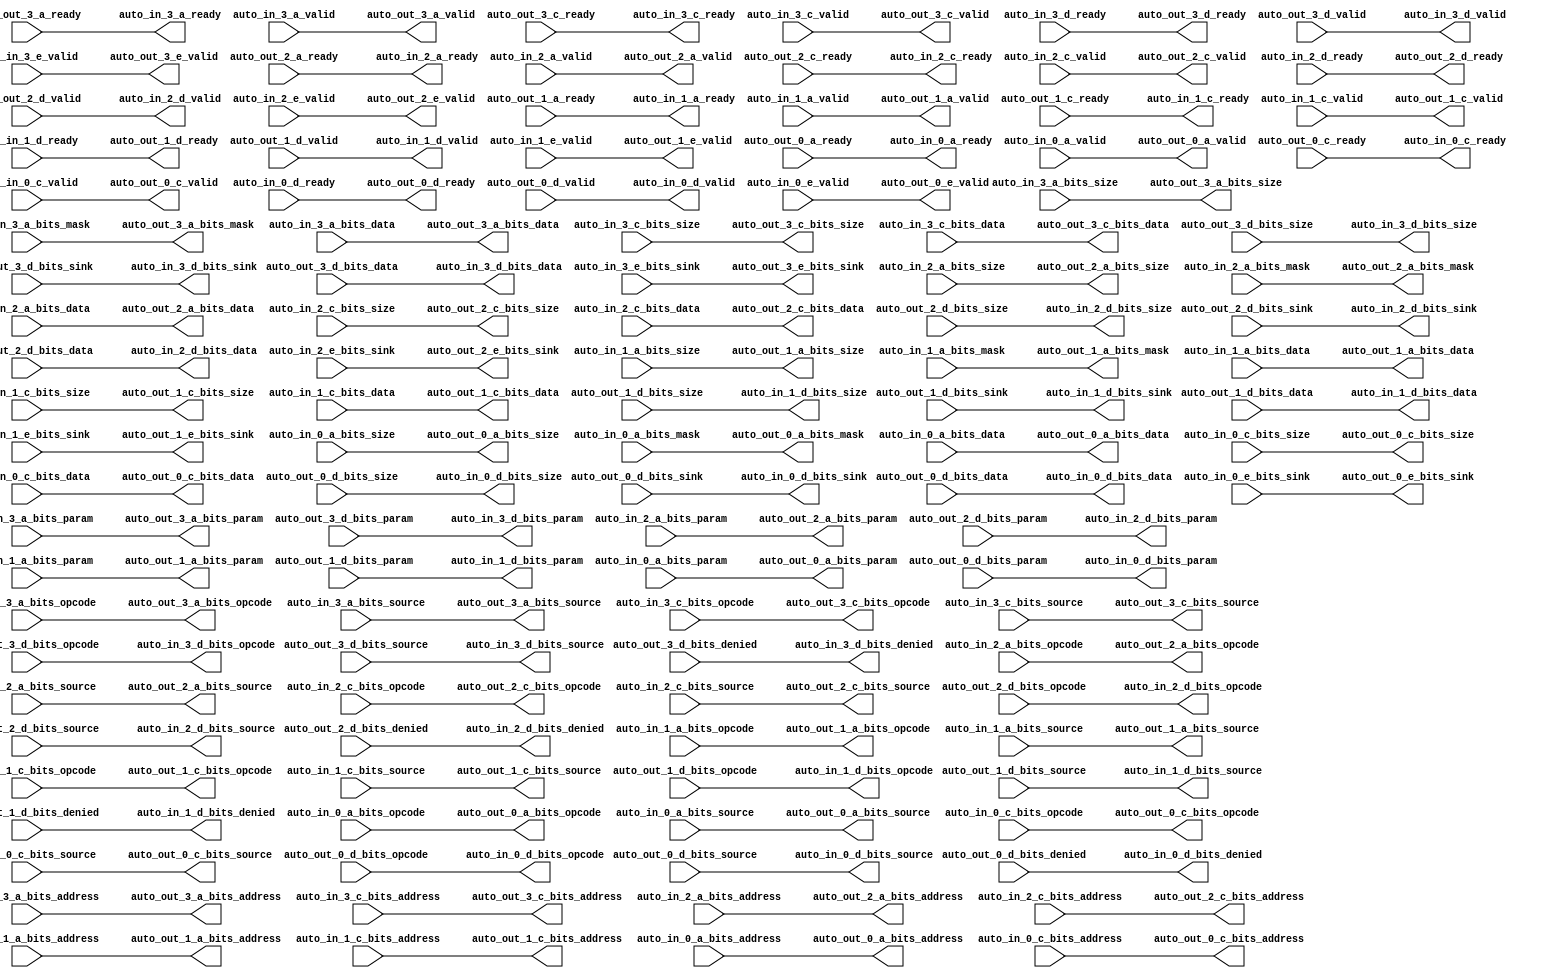
module BankBinder(
  output         auto_in_3_a_ready,
  input          auto_in_3_a_valid,
  input  [2:0]   auto_in_3_a_bits_opcode,
  input  [2:0]   auto_in_3_a_bits_param,
  input  [2:0]   auto_in_3_a_bits_size,
  input  [4:0]   auto_in_3_a_bits_source,
  input  [35:0]  auto_in_3_a_bits_address,
  input  [31:0]  auto_in_3_a_bits_mask,
  input  [255:0] auto_in_3_a_bits_data,
  output         auto_in_3_c_ready,
  input          auto_in_3_c_valid,
  input  [2:0]   auto_in_3_c_bits_opcode,
  input  [2:0]   auto_in_3_c_bits_size,
  input  [4:0]   auto_in_3_c_bits_source,
  input  [35:0]  auto_in_3_c_bits_address,
  input  [255:0] auto_in_3_c_bits_data,
  input          auto_in_3_d_ready,
  output         auto_in_3_d_valid,
  output [2:0]   auto_in_3_d_bits_opcode,
  output [1:0]   auto_in_3_d_bits_param,
  output [2:0]   auto_in_3_d_bits_size,
  output [4:0]   auto_in_3_d_bits_source,
  output [2:0]   auto_in_3_d_bits_sink,
  output         auto_in_3_d_bits_denied,
  output [255:0] auto_in_3_d_bits_data,
  input          auto_in_3_e_valid,
  input  [2:0]   auto_in_3_e_bits_sink,
  output         auto_in_2_a_ready,
  input          auto_in_2_a_valid,
  input  [2:0]   auto_in_2_a_bits_opcode,
  input  [2:0]   auto_in_2_a_bits_param,
  input  [2:0]   auto_in_2_a_bits_size,
  input  [4:0]   auto_in_2_a_bits_source,
  input  [35:0]  auto_in_2_a_bits_address,
  input  [31:0]  auto_in_2_a_bits_mask,
  input  [255:0] auto_in_2_a_bits_data,
  output         auto_in_2_c_ready,
  input          auto_in_2_c_valid,
  input  [2:0]   auto_in_2_c_bits_opcode,
  input  [2:0]   auto_in_2_c_bits_size,
  input  [4:0]   auto_in_2_c_bits_source,
  input  [35:0]  auto_in_2_c_bits_address,
  input  [255:0] auto_in_2_c_bits_data,
  input          auto_in_2_d_ready,
  output         auto_in_2_d_valid,
  output [2:0]   auto_in_2_d_bits_opcode,
  output [1:0]   auto_in_2_d_bits_param,
  output [2:0]   auto_in_2_d_bits_size,
  output [4:0]   auto_in_2_d_bits_source,
  output [2:0]   auto_in_2_d_bits_sink,
  output         auto_in_2_d_bits_denied,
  output [255:0] auto_in_2_d_bits_data,
  input          auto_in_2_e_valid,
  input  [2:0]   auto_in_2_e_bits_sink,
  output         auto_in_1_a_ready,
  input          auto_in_1_a_valid,
  input  [2:0]   auto_in_1_a_bits_opcode,
  input  [2:0]   auto_in_1_a_bits_param,
  input  [2:0]   auto_in_1_a_bits_size,
  input  [4:0]   auto_in_1_a_bits_source,
  input  [35:0]  auto_in_1_a_bits_address,
  input  [31:0]  auto_in_1_a_bits_mask,
  input  [255:0] auto_in_1_a_bits_data,
  output         auto_in_1_c_ready,
  input          auto_in_1_c_valid,
  input  [2:0]   auto_in_1_c_bits_opcode,
  input  [2:0]   auto_in_1_c_bits_size,
  input  [4:0]   auto_in_1_c_bits_source,
  input  [35:0]  auto_in_1_c_bits_address,
  input  [255:0] auto_in_1_c_bits_data,
  input          auto_in_1_d_ready,
  output         auto_in_1_d_valid,
  output [2:0]   auto_in_1_d_bits_opcode,
  output [1:0]   auto_in_1_d_bits_param,
  output [2:0]   auto_in_1_d_bits_size,
  output [4:0]   auto_in_1_d_bits_source,
  output [2:0]   auto_in_1_d_bits_sink,
  output         auto_in_1_d_bits_denied,
  output [255:0] auto_in_1_d_bits_data,
  input          auto_in_1_e_valid,
  input  [2:0]   auto_in_1_e_bits_sink,
  output         auto_in_0_a_ready,
  input          auto_in_0_a_valid,
  input  [2:0]   auto_in_0_a_bits_opcode,
  input  [2:0]   auto_in_0_a_bits_param,
  input  [2:0]   auto_in_0_a_bits_size,
  input  [4:0]   auto_in_0_a_bits_source,
  input  [35:0]  auto_in_0_a_bits_address,
  input  [31:0]  auto_in_0_a_bits_mask,
  input  [255:0] auto_in_0_a_bits_data,
  output         auto_in_0_c_ready,
  input          auto_in_0_c_valid,
  input  [2:0]   auto_in_0_c_bits_opcode,
  input  [2:0]   auto_in_0_c_bits_size,
  input  [4:0]   auto_in_0_c_bits_source,
  input  [35:0]  auto_in_0_c_bits_address,
  input  [255:0] auto_in_0_c_bits_data,
  input          auto_in_0_d_ready,
  output         auto_in_0_d_valid,
  output [2:0]   auto_in_0_d_bits_opcode,
  output [1:0]   auto_in_0_d_bits_param,
  output [2:0]   auto_in_0_d_bits_size,
  output [4:0]   auto_in_0_d_bits_source,
  output [2:0]   auto_in_0_d_bits_sink,
  output         auto_in_0_d_bits_denied,
  output [255:0] auto_in_0_d_bits_data,
  input          auto_in_0_e_valid,
  input  [2:0]   auto_in_0_e_bits_sink,
  input          auto_out_3_a_ready,
  output         auto_out_3_a_valid,
  output [2:0]   auto_out_3_a_bits_opcode,
  output [2:0]   auto_out_3_a_bits_param,
  output [2:0]   auto_out_3_a_bits_size,
  output [4:0]   auto_out_3_a_bits_source,
  output [35:0]  auto_out_3_a_bits_address,
  output [31:0]  auto_out_3_a_bits_mask,
  output [255:0] auto_out_3_a_bits_data,
  input          auto_out_3_c_ready,
  output         auto_out_3_c_valid,
  output [2:0]   auto_out_3_c_bits_opcode,
  output [2:0]   auto_out_3_c_bits_size,
  output [4:0]   auto_out_3_c_bits_source,
  output [35:0]  auto_out_3_c_bits_address,
  output [255:0] auto_out_3_c_bits_data,
  output         auto_out_3_d_ready,
  input          auto_out_3_d_valid,
  input  [2:0]   auto_out_3_d_bits_opcode,
  input  [1:0]   auto_out_3_d_bits_param,
  input  [2:0]   auto_out_3_d_bits_size,
  input  [4:0]   auto_out_3_d_bits_source,
  input  [2:0]   auto_out_3_d_bits_sink,
  input          auto_out_3_d_bits_denied,
  input  [255:0] auto_out_3_d_bits_data,
  output         auto_out_3_e_valid,
  output [2:0]   auto_out_3_e_bits_sink,
  input          auto_out_2_a_ready,
  output         auto_out_2_a_valid,
  output [2:0]   auto_out_2_a_bits_opcode,
  output [2:0]   auto_out_2_a_bits_param,
  output [2:0]   auto_out_2_a_bits_size,
  output [4:0]   auto_out_2_a_bits_source,
  output [35:0]  auto_out_2_a_bits_address,
  output [31:0]  auto_out_2_a_bits_mask,
  output [255:0] auto_out_2_a_bits_data,
  input          auto_out_2_c_ready,
  output         auto_out_2_c_valid,
  output [2:0]   auto_out_2_c_bits_opcode,
  output [2:0]   auto_out_2_c_bits_size,
  output [4:0]   auto_out_2_c_bits_source,
  output [35:0]  auto_out_2_c_bits_address,
  output [255:0] auto_out_2_c_bits_data,
  output         auto_out_2_d_ready,
  input          auto_out_2_d_valid,
  input  [2:0]   auto_out_2_d_bits_opcode,
  input  [1:0]   auto_out_2_d_bits_param,
  input  [2:0]   auto_out_2_d_bits_size,
  input  [4:0]   auto_out_2_d_bits_source,
  input  [2:0]   auto_out_2_d_bits_sink,
  input          auto_out_2_d_bits_denied,
  input  [255:0] auto_out_2_d_bits_data,
  output         auto_out_2_e_valid,
  output [2:0]   auto_out_2_e_bits_sink,
  input          auto_out_1_a_ready,
  output         auto_out_1_a_valid,
  output [2:0]   auto_out_1_a_bits_opcode,
  output [2:0]   auto_out_1_a_bits_param,
  output [2:0]   auto_out_1_a_bits_size,
  output [4:0]   auto_out_1_a_bits_source,
  output [35:0]  auto_out_1_a_bits_address,
  output [31:0]  auto_out_1_a_bits_mask,
  output [255:0] auto_out_1_a_bits_data,
  input          auto_out_1_c_ready,
  output         auto_out_1_c_valid,
  output [2:0]   auto_out_1_c_bits_opcode,
  output [2:0]   auto_out_1_c_bits_size,
  output [4:0]   auto_out_1_c_bits_source,
  output [35:0]  auto_out_1_c_bits_address,
  output [255:0] auto_out_1_c_bits_data,
  output         auto_out_1_d_ready,
  input          auto_out_1_d_valid,
  input  [2:0]   auto_out_1_d_bits_opcode,
  input  [1:0]   auto_out_1_d_bits_param,
  input  [2:0]   auto_out_1_d_bits_size,
  input  [4:0]   auto_out_1_d_bits_source,
  input  [2:0]   auto_out_1_d_bits_sink,
  input          auto_out_1_d_bits_denied,
  input  [255:0] auto_out_1_d_bits_data,
  output         auto_out_1_e_valid,
  output [2:0]   auto_out_1_e_bits_sink,
  input          auto_out_0_a_ready,
  output         auto_out_0_a_valid,
  output [2:0]   auto_out_0_a_bits_opcode,
  output [2:0]   auto_out_0_a_bits_param,
  output [2:0]   auto_out_0_a_bits_size,
  output [4:0]   auto_out_0_a_bits_source,
  output [35:0]  auto_out_0_a_bits_address,
  output [31:0]  auto_out_0_a_bits_mask,
  output [255:0] auto_out_0_a_bits_data,
  input          auto_out_0_c_ready,
  output         auto_out_0_c_valid,
  output [2:0]   auto_out_0_c_bits_opcode,
  output [2:0]   auto_out_0_c_bits_size,
  output [4:0]   auto_out_0_c_bits_source,
  output [35:0]  auto_out_0_c_bits_address,
  output [255:0] auto_out_0_c_bits_data,
  output         auto_out_0_d_ready,
  input          auto_out_0_d_valid,
  input  [2:0]   auto_out_0_d_bits_opcode,
  input  [1:0]   auto_out_0_d_bits_param,
  input  [2:0]   auto_out_0_d_bits_size,
  input  [4:0]   auto_out_0_d_bits_source,
  input  [2:0]   auto_out_0_d_bits_sink,
  input          auto_out_0_d_bits_denied,
  input  [255:0] auto_out_0_d_bits_data,
  output         auto_out_0_e_valid,
  output [2:0]   auto_out_0_e_bits_sink
);
  assign auto_in_3_a_ready = auto_out_3_a_ready; // @[Nodes.scala 1207:84 LazyModule.scala 311:12]
  assign auto_in_3_c_ready = auto_out_3_c_ready; // @[Nodes.scala 1207:84 LazyModule.scala 311:12]
  assign auto_in_3_d_valid = auto_out_3_d_valid; // @[Nodes.scala 1207:84 LazyModule.scala 311:12]
  assign auto_in_3_d_bits_opcode = auto_out_3_d_bits_opcode; // @[Nodes.scala 1207:84 LazyModule.scala 311:12]
  assign auto_in_3_d_bits_param = auto_out_3_d_bits_param; // @[Nodes.scala 1207:84 LazyModule.scala 311:12]
  assign auto_in_3_d_bits_size = auto_out_3_d_bits_size; // @[Nodes.scala 1207:84 LazyModule.scala 311:12]
  assign auto_in_3_d_bits_source = auto_out_3_d_bits_source; // @[Nodes.scala 1207:84 LazyModule.scala 311:12]
  assign auto_in_3_d_bits_sink = auto_out_3_d_bits_sink; // @[Nodes.scala 1207:84 LazyModule.scala 311:12]
  assign auto_in_3_d_bits_denied = auto_out_3_d_bits_denied; // @[Nodes.scala 1207:84 LazyModule.scala 311:12]
  assign auto_in_3_d_bits_data = auto_out_3_d_bits_data; // @[Nodes.scala 1207:84 LazyModule.scala 311:12]
  assign auto_in_2_a_ready = auto_out_2_a_ready; // @[Nodes.scala 1207:84 LazyModule.scala 311:12]
  assign auto_in_2_c_ready = auto_out_2_c_ready; // @[Nodes.scala 1207:84 LazyModule.scala 311:12]
  assign auto_in_2_d_valid = auto_out_2_d_valid; // @[Nodes.scala 1207:84 LazyModule.scala 311:12]
  assign auto_in_2_d_bits_opcode = auto_out_2_d_bits_opcode; // @[Nodes.scala 1207:84 LazyModule.scala 311:12]
  assign auto_in_2_d_bits_param = auto_out_2_d_bits_param; // @[Nodes.scala 1207:84 LazyModule.scala 311:12]
  assign auto_in_2_d_bits_size = auto_out_2_d_bits_size; // @[Nodes.scala 1207:84 LazyModule.scala 311:12]
  assign auto_in_2_d_bits_source = auto_out_2_d_bits_source; // @[Nodes.scala 1207:84 LazyModule.scala 311:12]
  assign auto_in_2_d_bits_sink = auto_out_2_d_bits_sink; // @[Nodes.scala 1207:84 LazyModule.scala 311:12]
  assign auto_in_2_d_bits_denied = auto_out_2_d_bits_denied; // @[Nodes.scala 1207:84 LazyModule.scala 311:12]
  assign auto_in_2_d_bits_data = auto_out_2_d_bits_data; // @[Nodes.scala 1207:84 LazyModule.scala 311:12]
  assign auto_in_1_a_ready = auto_out_1_a_ready; // @[Nodes.scala 1207:84 LazyModule.scala 311:12]
  assign auto_in_1_c_ready = auto_out_1_c_ready; // @[Nodes.scala 1207:84 LazyModule.scala 311:12]
  assign auto_in_1_d_valid = auto_out_1_d_valid; // @[Nodes.scala 1207:84 LazyModule.scala 311:12]
  assign auto_in_1_d_bits_opcode = auto_out_1_d_bits_opcode; // @[Nodes.scala 1207:84 LazyModule.scala 311:12]
  assign auto_in_1_d_bits_param = auto_out_1_d_bits_param; // @[Nodes.scala 1207:84 LazyModule.scala 311:12]
  assign auto_in_1_d_bits_size = auto_out_1_d_bits_size; // @[Nodes.scala 1207:84 LazyModule.scala 311:12]
  assign auto_in_1_d_bits_source = auto_out_1_d_bits_source; // @[Nodes.scala 1207:84 LazyModule.scala 311:12]
  assign auto_in_1_d_bits_sink = auto_out_1_d_bits_sink; // @[Nodes.scala 1207:84 LazyModule.scala 311:12]
  assign auto_in_1_d_bits_denied = auto_out_1_d_bits_denied; // @[Nodes.scala 1207:84 LazyModule.scala 311:12]
  assign auto_in_1_d_bits_data = auto_out_1_d_bits_data; // @[Nodes.scala 1207:84 LazyModule.scala 311:12]
  assign auto_in_0_a_ready = auto_out_0_a_ready; // @[Nodes.scala 1207:84 LazyModule.scala 311:12]
  assign auto_in_0_c_ready = auto_out_0_c_ready; // @[Nodes.scala 1207:84 LazyModule.scala 311:12]
  assign auto_in_0_d_valid = auto_out_0_d_valid; // @[Nodes.scala 1207:84 LazyModule.scala 311:12]
  assign auto_in_0_d_bits_opcode = auto_out_0_d_bits_opcode; // @[Nodes.scala 1207:84 LazyModule.scala 311:12]
  assign auto_in_0_d_bits_param = auto_out_0_d_bits_param; // @[Nodes.scala 1207:84 LazyModule.scala 311:12]
  assign auto_in_0_d_bits_size = auto_out_0_d_bits_size; // @[Nodes.scala 1207:84 LazyModule.scala 311:12]
  assign auto_in_0_d_bits_source = auto_out_0_d_bits_source; // @[Nodes.scala 1207:84 LazyModule.scala 311:12]
  assign auto_in_0_d_bits_sink = auto_out_0_d_bits_sink; // @[Nodes.scala 1207:84 LazyModule.scala 311:12]
  assign auto_in_0_d_bits_denied = auto_out_0_d_bits_denied; // @[Nodes.scala 1207:84 LazyModule.scala 311:12]
  assign auto_in_0_d_bits_data = auto_out_0_d_bits_data; // @[Nodes.scala 1207:84 LazyModule.scala 311:12]
  assign auto_out_3_a_valid = auto_in_3_a_valid; // @[Nodes.scala 1210:84 LazyModule.scala 309:16]
  assign auto_out_3_a_bits_opcode = auto_in_3_a_bits_opcode; // @[Nodes.scala 1210:84 LazyModule.scala 309:16]
  assign auto_out_3_a_bits_param = auto_in_3_a_bits_param; // @[Nodes.scala 1210:84 LazyModule.scala 309:16]
  assign auto_out_3_a_bits_size = auto_in_3_a_bits_size; // @[Nodes.scala 1210:84 LazyModule.scala 309:16]
  assign auto_out_3_a_bits_source = auto_in_3_a_bits_source; // @[Nodes.scala 1210:84 LazyModule.scala 309:16]
  assign auto_out_3_a_bits_address = auto_in_3_a_bits_address; // @[Nodes.scala 1210:84 LazyModule.scala 309:16]
  assign auto_out_3_a_bits_mask = auto_in_3_a_bits_mask; // @[Nodes.scala 1210:84 LazyModule.scala 309:16]
  assign auto_out_3_a_bits_data = auto_in_3_a_bits_data; // @[Nodes.scala 1210:84 LazyModule.scala 309:16]
  assign auto_out_3_c_valid = auto_in_3_c_valid; // @[Nodes.scala 1210:84 LazyModule.scala 309:16]
  assign auto_out_3_c_bits_opcode = auto_in_3_c_bits_opcode; // @[Nodes.scala 1210:84 LazyModule.scala 309:16]
  assign auto_out_3_c_bits_size = auto_in_3_c_bits_size; // @[Nodes.scala 1210:84 LazyModule.scala 309:16]
  assign auto_out_3_c_bits_source = auto_in_3_c_bits_source; // @[Nodes.scala 1210:84 LazyModule.scala 309:16]
  assign auto_out_3_c_bits_address = auto_in_3_c_bits_address; // @[Nodes.scala 1210:84 LazyModule.scala 309:16]
  assign auto_out_3_c_bits_data = auto_in_3_c_bits_data; // @[Nodes.scala 1210:84 LazyModule.scala 309:16]
  assign auto_out_3_d_ready = auto_in_3_d_ready; // @[Nodes.scala 1210:84 LazyModule.scala 309:16]
  assign auto_out_3_e_valid = auto_in_3_e_valid; // @[Nodes.scala 1210:84 LazyModule.scala 309:16]
  assign auto_out_3_e_bits_sink = auto_in_3_e_bits_sink; // @[Nodes.scala 1210:84 LazyModule.scala 309:16]
  assign auto_out_2_a_valid = auto_in_2_a_valid; // @[Nodes.scala 1210:84 LazyModule.scala 309:16]
  assign auto_out_2_a_bits_opcode = auto_in_2_a_bits_opcode; // @[Nodes.scala 1210:84 LazyModule.scala 309:16]
  assign auto_out_2_a_bits_param = auto_in_2_a_bits_param; // @[Nodes.scala 1210:84 LazyModule.scala 309:16]
  assign auto_out_2_a_bits_size = auto_in_2_a_bits_size; // @[Nodes.scala 1210:84 LazyModule.scala 309:16]
  assign auto_out_2_a_bits_source = auto_in_2_a_bits_source; // @[Nodes.scala 1210:84 LazyModule.scala 309:16]
  assign auto_out_2_a_bits_address = auto_in_2_a_bits_address; // @[Nodes.scala 1210:84 LazyModule.scala 309:16]
  assign auto_out_2_a_bits_mask = auto_in_2_a_bits_mask; // @[Nodes.scala 1210:84 LazyModule.scala 309:16]
  assign auto_out_2_a_bits_data = auto_in_2_a_bits_data; // @[Nodes.scala 1210:84 LazyModule.scala 309:16]
  assign auto_out_2_c_valid = auto_in_2_c_valid; // @[Nodes.scala 1210:84 LazyModule.scala 309:16]
  assign auto_out_2_c_bits_opcode = auto_in_2_c_bits_opcode; // @[Nodes.scala 1210:84 LazyModule.scala 309:16]
  assign auto_out_2_c_bits_size = auto_in_2_c_bits_size; // @[Nodes.scala 1210:84 LazyModule.scala 309:16]
  assign auto_out_2_c_bits_source = auto_in_2_c_bits_source; // @[Nodes.scala 1210:84 LazyModule.scala 309:16]
  assign auto_out_2_c_bits_address = auto_in_2_c_bits_address; // @[Nodes.scala 1210:84 LazyModule.scala 309:16]
  assign auto_out_2_c_bits_data = auto_in_2_c_bits_data; // @[Nodes.scala 1210:84 LazyModule.scala 309:16]
  assign auto_out_2_d_ready = auto_in_2_d_ready; // @[Nodes.scala 1210:84 LazyModule.scala 309:16]
  assign auto_out_2_e_valid = auto_in_2_e_valid; // @[Nodes.scala 1210:84 LazyModule.scala 309:16]
  assign auto_out_2_e_bits_sink = auto_in_2_e_bits_sink; // @[Nodes.scala 1210:84 LazyModule.scala 309:16]
  assign auto_out_1_a_valid = auto_in_1_a_valid; // @[Nodes.scala 1210:84 LazyModule.scala 309:16]
  assign auto_out_1_a_bits_opcode = auto_in_1_a_bits_opcode; // @[Nodes.scala 1210:84 LazyModule.scala 309:16]
  assign auto_out_1_a_bits_param = auto_in_1_a_bits_param; // @[Nodes.scala 1210:84 LazyModule.scala 309:16]
  assign auto_out_1_a_bits_size = auto_in_1_a_bits_size; // @[Nodes.scala 1210:84 LazyModule.scala 309:16]
  assign auto_out_1_a_bits_source = auto_in_1_a_bits_source; // @[Nodes.scala 1210:84 LazyModule.scala 309:16]
  assign auto_out_1_a_bits_address = auto_in_1_a_bits_address; // @[Nodes.scala 1210:84 LazyModule.scala 309:16]
  assign auto_out_1_a_bits_mask = auto_in_1_a_bits_mask; // @[Nodes.scala 1210:84 LazyModule.scala 309:16]
  assign auto_out_1_a_bits_data = auto_in_1_a_bits_data; // @[Nodes.scala 1210:84 LazyModule.scala 309:16]
  assign auto_out_1_c_valid = auto_in_1_c_valid; // @[Nodes.scala 1210:84 LazyModule.scala 309:16]
  assign auto_out_1_c_bits_opcode = auto_in_1_c_bits_opcode; // @[Nodes.scala 1210:84 LazyModule.scala 309:16]
  assign auto_out_1_c_bits_size = auto_in_1_c_bits_size; // @[Nodes.scala 1210:84 LazyModule.scala 309:16]
  assign auto_out_1_c_bits_source = auto_in_1_c_bits_source; // @[Nodes.scala 1210:84 LazyModule.scala 309:16]
  assign auto_out_1_c_bits_address = auto_in_1_c_bits_address; // @[Nodes.scala 1210:84 LazyModule.scala 309:16]
  assign auto_out_1_c_bits_data = auto_in_1_c_bits_data; // @[Nodes.scala 1210:84 LazyModule.scala 309:16]
  assign auto_out_1_d_ready = auto_in_1_d_ready; // @[Nodes.scala 1210:84 LazyModule.scala 309:16]
  assign auto_out_1_e_valid = auto_in_1_e_valid; // @[Nodes.scala 1210:84 LazyModule.scala 309:16]
  assign auto_out_1_e_bits_sink = auto_in_1_e_bits_sink; // @[Nodes.scala 1210:84 LazyModule.scala 309:16]
  assign auto_out_0_a_valid = auto_in_0_a_valid; // @[Nodes.scala 1210:84 LazyModule.scala 309:16]
  assign auto_out_0_a_bits_opcode = auto_in_0_a_bits_opcode; // @[Nodes.scala 1210:84 LazyModule.scala 309:16]
  assign auto_out_0_a_bits_param = auto_in_0_a_bits_param; // @[Nodes.scala 1210:84 LazyModule.scala 309:16]
  assign auto_out_0_a_bits_size = auto_in_0_a_bits_size; // @[Nodes.scala 1210:84 LazyModule.scala 309:16]
  assign auto_out_0_a_bits_source = auto_in_0_a_bits_source; // @[Nodes.scala 1210:84 LazyModule.scala 309:16]
  assign auto_out_0_a_bits_address = auto_in_0_a_bits_address; // @[Nodes.scala 1210:84 LazyModule.scala 309:16]
  assign auto_out_0_a_bits_mask = auto_in_0_a_bits_mask; // @[Nodes.scala 1210:84 LazyModule.scala 309:16]
  assign auto_out_0_a_bits_data = auto_in_0_a_bits_data; // @[Nodes.scala 1210:84 LazyModule.scala 309:16]
  assign auto_out_0_c_valid = auto_in_0_c_valid; // @[Nodes.scala 1210:84 LazyModule.scala 309:16]
  assign auto_out_0_c_bits_opcode = auto_in_0_c_bits_opcode; // @[Nodes.scala 1210:84 LazyModule.scala 309:16]
  assign auto_out_0_c_bits_size = auto_in_0_c_bits_size; // @[Nodes.scala 1210:84 LazyModule.scala 309:16]
  assign auto_out_0_c_bits_source = auto_in_0_c_bits_source; // @[Nodes.scala 1210:84 LazyModule.scala 309:16]
  assign auto_out_0_c_bits_address = auto_in_0_c_bits_address; // @[Nodes.scala 1210:84 LazyModule.scala 309:16]
  assign auto_out_0_c_bits_data = auto_in_0_c_bits_data; // @[Nodes.scala 1210:84 LazyModule.scala 309:16]
  assign auto_out_0_d_ready = auto_in_0_d_ready; // @[Nodes.scala 1210:84 LazyModule.scala 309:16]
  assign auto_out_0_e_valid = auto_in_0_e_valid; // @[Nodes.scala 1210:84 LazyModule.scala 309:16]
  assign auto_out_0_e_bits_sink = auto_in_0_e_bits_sink; // @[Nodes.scala 1210:84 LazyModule.scala 309:16]
endmodule